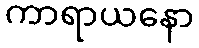
ကာရာယနော